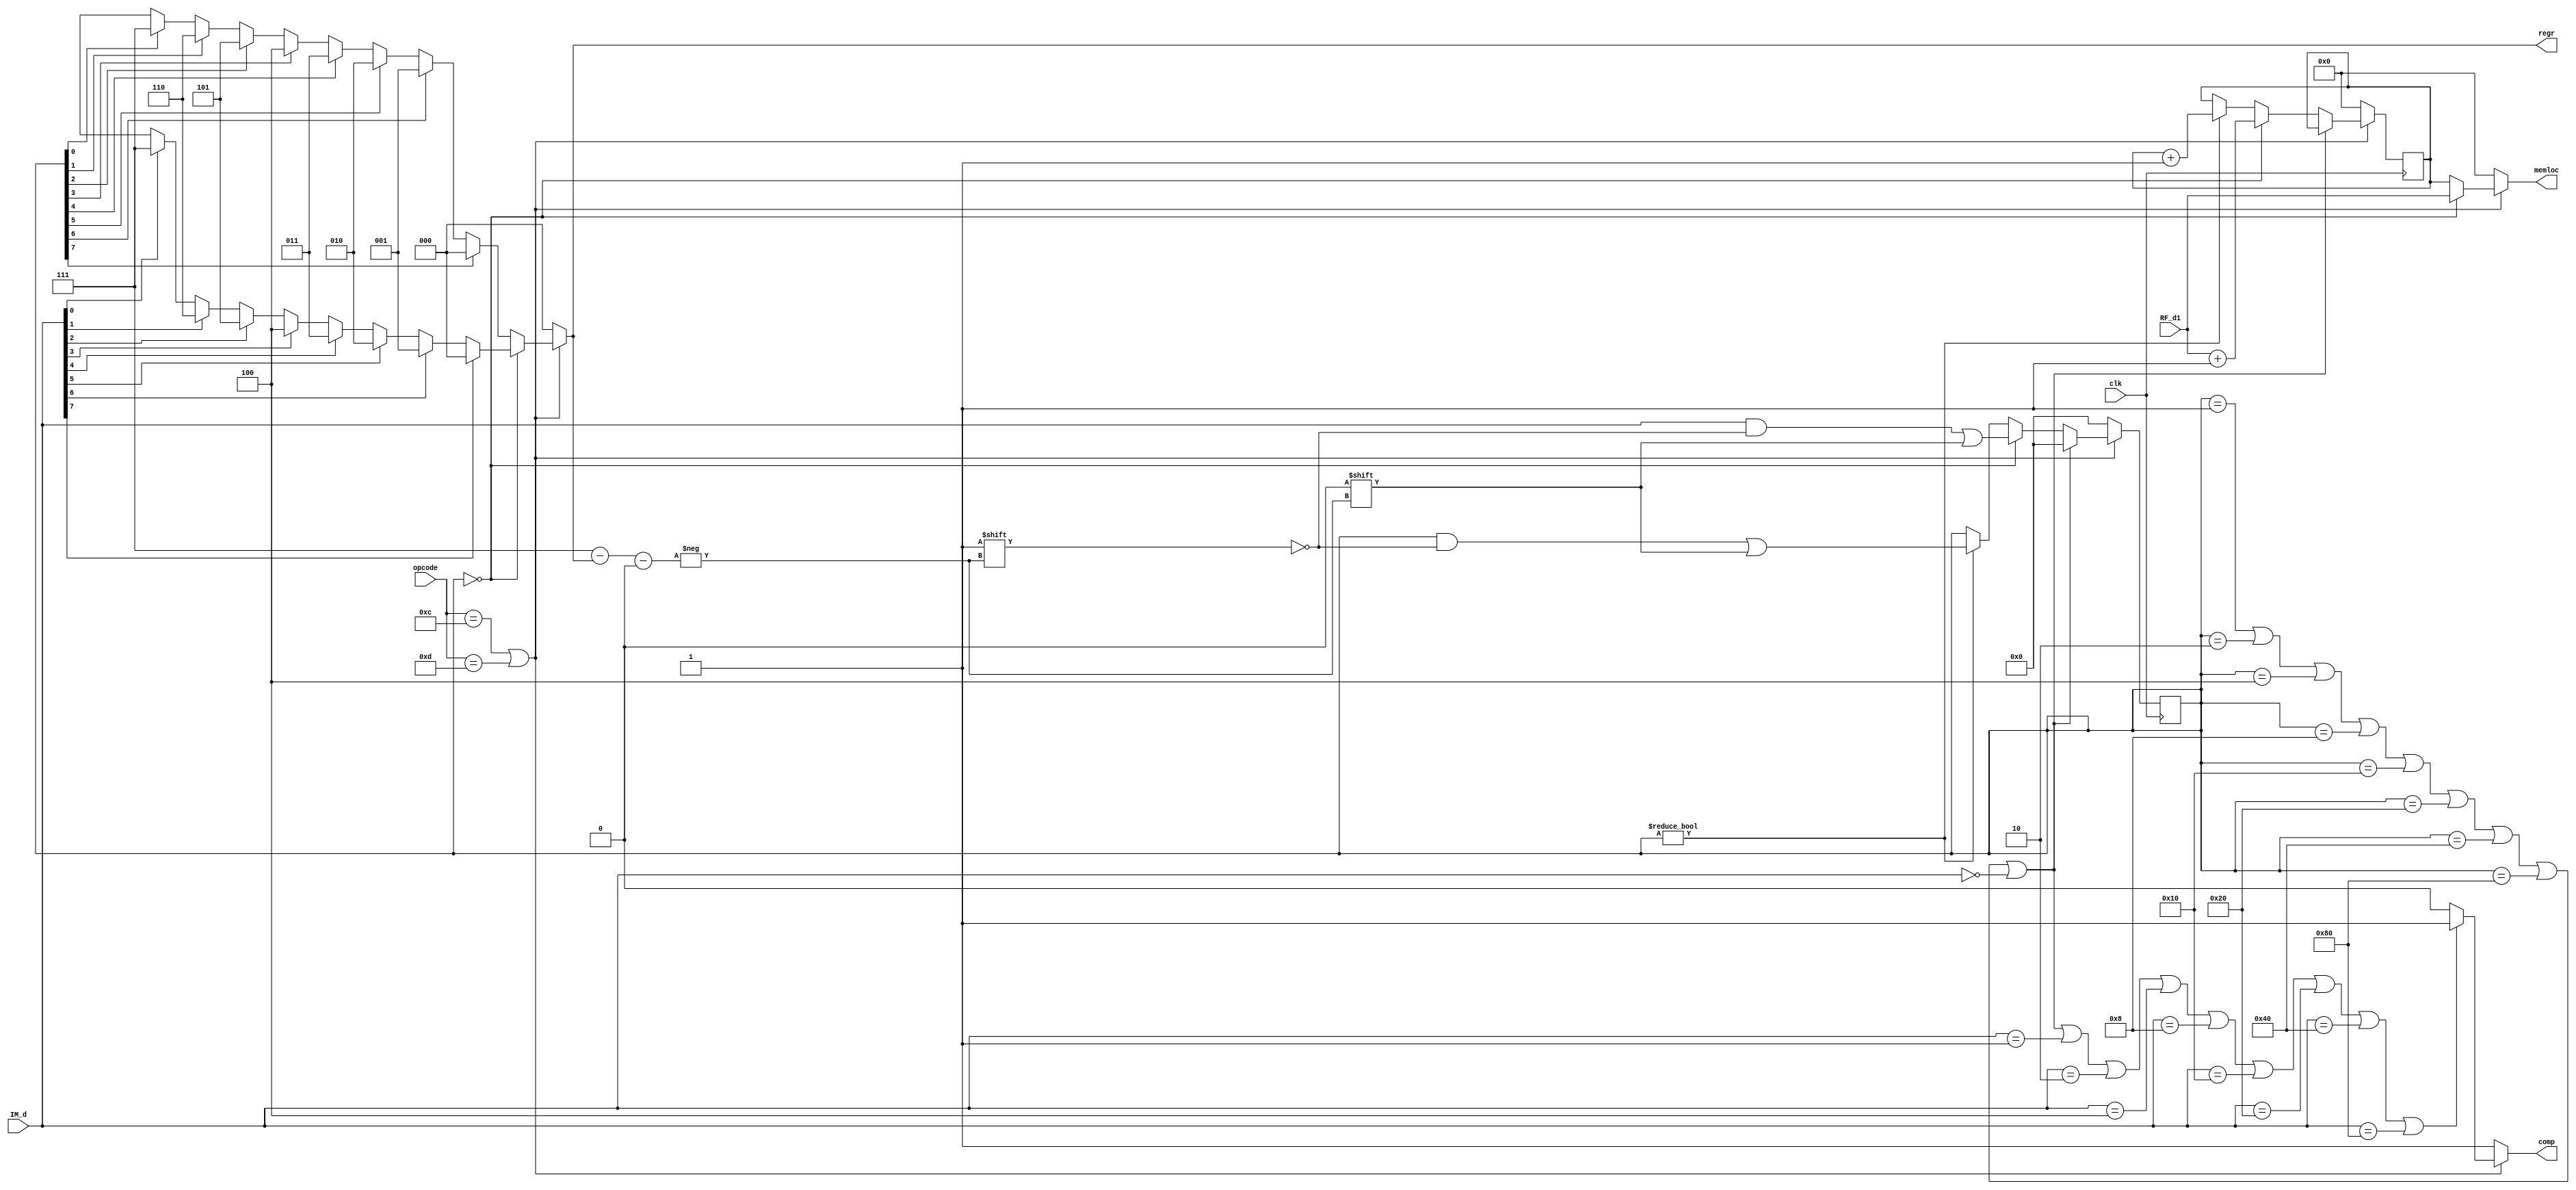
module mod0(opcode,IM_d,RF_d1,clk,comp,regr,memloc);
input [3:0] opcode;
input [7:0] IM_d;
input [15:0] RF_d1;
input clk;
output reg comp=1'b1;
output reg [2:0] regr=3'b0;
output reg [15:0] memloc=16'b0;

reg [7:0] IMdreg=8'b0;
reg [15:0] memreg=16'b0;

always @(*)
begin
if((opcode==4'b1100)||(opcode==4'b1101))//lm,sm
begin
if(IMdreg==8'b0)
begin
memloc=RF_d1;
if(IM_d[7]==1'b1)
regr=3'b000;
else if(IM_d[6]==1'b1)
regr=3'b001;
else if(IM_d[5]==1'b1)
regr=3'b010;
else if(IM_d[4]==1'b1)
regr=3'b011;
else if(IM_d[3]==1'b1)
regr=3'b100;
else if(IM_d[2]==1'b1)
regr=3'b101;
else if(IM_d[1]==1'b1)
regr=3'b110;
else if(IM_d[0]==1'b1)
regr=3'b111;
else
regr=3'bxxx;
end

else//imdreg!=0
begin
memloc=memreg;
if(IMdreg[7]==1'b1)
regr=3'b000;
else if(IMdreg[6]==1'b1)
regr=3'b001;
else if(IMdreg[5]==1'b1)
regr=3'b010;
else if(IMdreg[4]==1'b1)
regr=3'b011;
else if(IMdreg[3]==1'b1)
regr=3'b100;
else if(IMdreg[2]==1'b1)
regr=3'b101;
else if(IMdreg[1]==1'b1)
regr=3'b110;
else if(IMdreg[0]==1'b1)
regr=3'b111;
else
regr=3'bxxx;
end


if((IMdreg==8'd1)||(IMdreg==8'd2)||(IMdreg==8'd4)||(IMdreg==8'd8)||(IMdreg==8'd16)||(IMdreg==8'd32)||(IMdreg==8'd64)||(IMdreg==8'd128)||(IM_d==8'd0)||(IM_d==8'd1)||(IM_d==8'd2)||(IM_d==8'd4)||(IM_d==8'd8)||(IM_d==8'd16)||(IM_d==8'd32)||(IM_d==8'd64)||(IM_d==8'd128))
comp=1'b1;
else
comp=1'b0;

end

else //any other instr
begin
regr=3'b000;
memloc=16'b0;
comp=1'b1;
end
end

always @(posedge clk)
begin
if((opcode==4'b1100)||(opcode==4'b1101))//lm,sm
begin
if((IMdreg==8'd1)||(IMdreg==8'd2)||(IMdreg==8'd4)||(IMdreg==8'd8)||(IMdreg==8'd16)||(IMdreg==8'd32)||(IMdreg==8'd64)||(IMdreg==8'd128)||(IM_d==8'd0))
IMdreg<=8'b0;
else if(IMdreg==8'b0)
begin
IMdreg<=IM_d[7:0];
IMdreg[3'b111-regr]<=1'b0;
memreg<=RF_d1+16'b1;
end
else if(IMdreg!=8'b0)
begin
IMdreg[3'b111-regr]<=1'b0;
memreg<=memreg+16'b1;
end
end
else
begin
IMdreg<=8'b0;
memreg<=16'b0;
end
end

endmodule